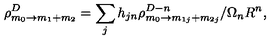
\rho _ { m _ { 0 } \rightarrow m _ { 1 } + m _ { 2 } } ^ { D } = \sum _ { j } h _ { j n } \rho _ { m _ { 0 } \rightarrow m _ { 1 j } + m _ { 2 j } } ^ { D - n } / \Omega _ { n } R ^ { n } ,